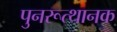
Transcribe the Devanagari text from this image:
पुनरूत्थानक